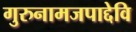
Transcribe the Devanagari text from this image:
गुरुनामजपाद्देवि